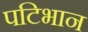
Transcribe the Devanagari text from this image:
पटिभान